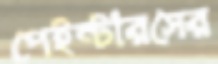
পেইন্টারসের